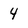
Character: 4